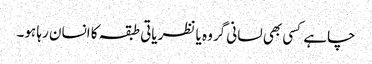
چاہے کسی بھی لسانی گروہ یا نظریاتی طبقہ کا انسان رہا ہو۔